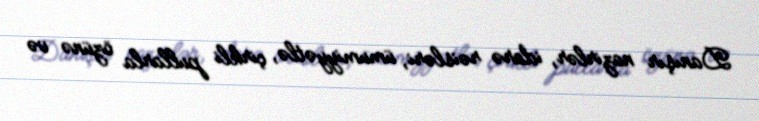
Danışır nazirlər, idarə rəisləri, ümumiyyətlə, çirkli pullarla özünə və